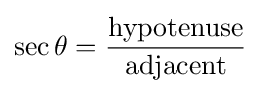
\sec \theta ={\frac {\mathrm {hypotenuse} }{\mathrm {adjacent} }}